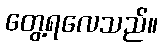
တွေ့ရလေသည်။